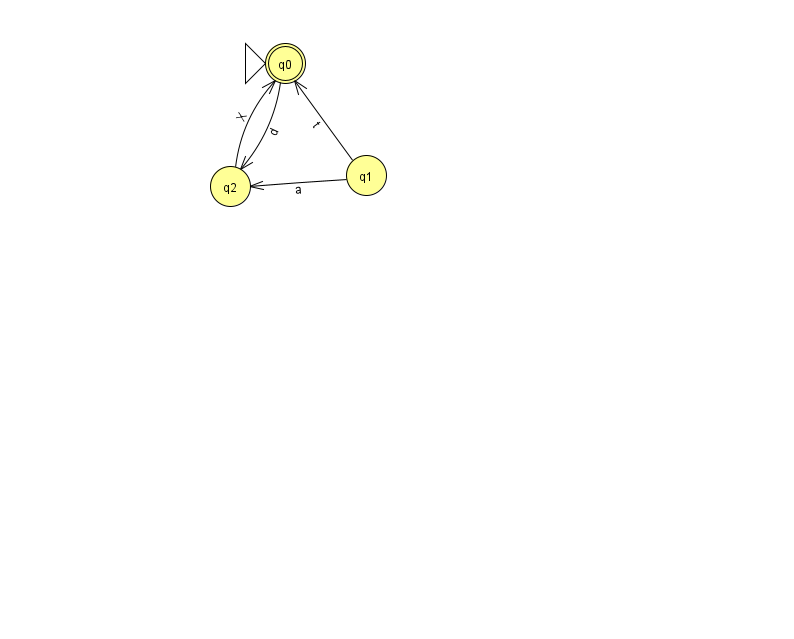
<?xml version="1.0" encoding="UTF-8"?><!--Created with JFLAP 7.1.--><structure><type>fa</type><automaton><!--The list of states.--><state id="0" name="q0"><x>285.0</x><y>50.0</y><initial/><final/></state><state id="1" name="q1"><x>366.0</x><y>162.0</y></state><state id="2" name="q2"><x>230.0</x><y>173.0</y></state><!--The list of transitions.--><transition><from>0</from><to>2</to><read>d</read></transition><transition><from>1</from><to>0</to><read>t</read></transition><transition><from>1</from><to>2</to><read>a</read></transition><transition><from>2</from><to>0</to><read>X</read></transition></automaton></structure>